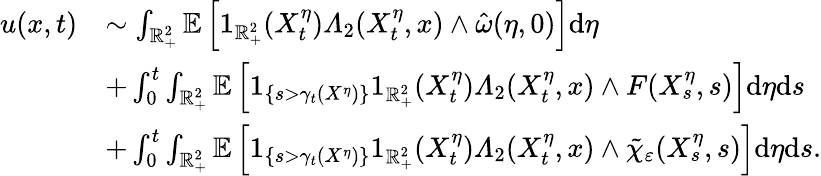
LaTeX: \begin{array}{rl}{u(x,t)}&{\sim\int_{\mathbb{R}_{+}^{2}}\mathbb{E}\left[1_{\mathbb{R}_{+}^{2}}(X_{t}^{\eta})\varLambda_{2}(X_{t}^{\eta},x)\wedge\hat{\omega}(\eta,0)\right]\mathrm{d}\eta}\\ &{+\int_{0}^{t}\int_{\mathbb{R}_{+}^{2}}\mathbb{E}\left[1_{\left\{ s>\gamma_{t}(X^{\eta})\right\} }1_{\mathbb{R}_{+}^{2}}(X_{t}^{\eta})\varLambda_{2}(X_{t}^{\eta},x)\wedge F(X_{s}^{\eta},s)\right]\mathrm{d}\eta\mathrm{d}s}\\ &{+\int_{0}^{t}\int_{\mathbb{R}_{+}^{2}}\mathbb{E}\left[1_{\left\{ s>\gamma_{t}(X^{\eta})\right\} }1_{\mathbb{R}_{+}^{2}}(X_{t}^{\eta})\varLambda_{2}(X_{t}^{\eta},x)\wedge\tilde{\chi}_{\varepsilon}(X_{s}^{\eta},s)\right]\mathrm{d}\eta\mathrm{d}s.}\end{array}